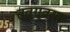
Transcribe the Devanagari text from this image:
त्वग्‌वसा